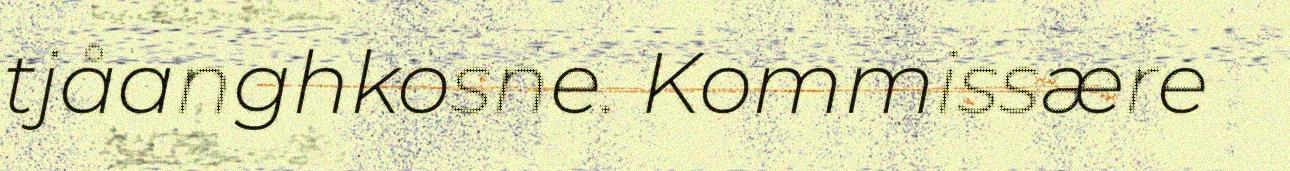
tjåanghkosne. Kommissære